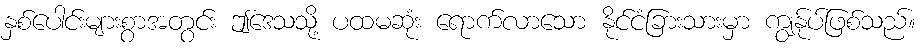
နှစ်ပေါင်းများစွာအတွင်း ဤဒေသသို့ ပထမဆုံး ရောက်လာသော နိုင်ငံခြားသားမှာ ကျွန်ုပ်ဖြစ်သည်။